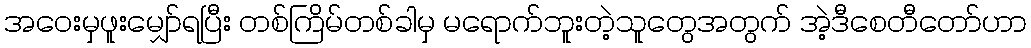
အဝေးမှဖူးမျှော်ရပြီး တစ်ကြိမ်တစ်ခါမှ မရောက်ဘူးတဲ့သူတွေအတွက် အဲ့ဒီစေတီတော်ဟာ